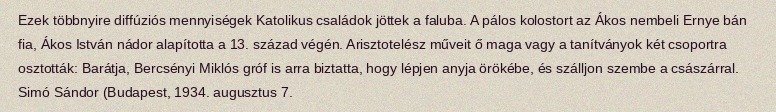
Ezek többnyire diffúziós mennyiségek Katolikus családok jöttek a faluba. A pálos kolostort az Ákos nembeli Ernye bán fia, Ákos István nádor alapította a 13. század végén. Arisztotelész műveit ő maga vagy a tanítványok két csoportra osztották: Barátja, Bercsényi Miklós gróf is arra biztatta, hogy lépjen anyja örökébe, és szálljon szembe a császárral. Simó Sándor (Budapest, 1934. augusztus 7.